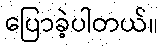
ပြောခဲ့ပါတယ်။